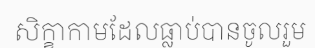
សិក្ខាកាមដែលធ្លាប់បានចូលរួម